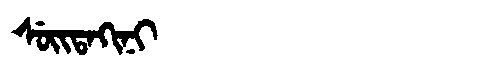
Manchu: ᠰᡠᡳᡨᠠᡴᡳᠨᡳ
Romanization: SUITAKINI